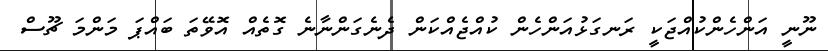
ނޫނީ އަންހެންކުއްޖަކީ ރަނގަޅުއަންހެން ކުއްޖެއްކަން ދެނެގަންނާނެ ގޮތެއް އޮވޭތަ ބައްޕަ މަންމަ ޗޫސް